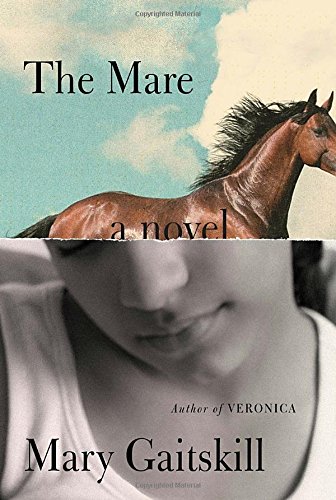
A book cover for The Mare: A Novel; Mary Gaitskill; Literature & Fiction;